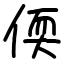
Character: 偄